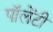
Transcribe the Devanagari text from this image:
पॉलेंटी